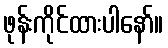
ဖုန်းကိုင်ထားပါနော်။